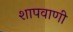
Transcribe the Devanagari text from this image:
शापवाणी